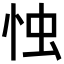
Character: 𢘷